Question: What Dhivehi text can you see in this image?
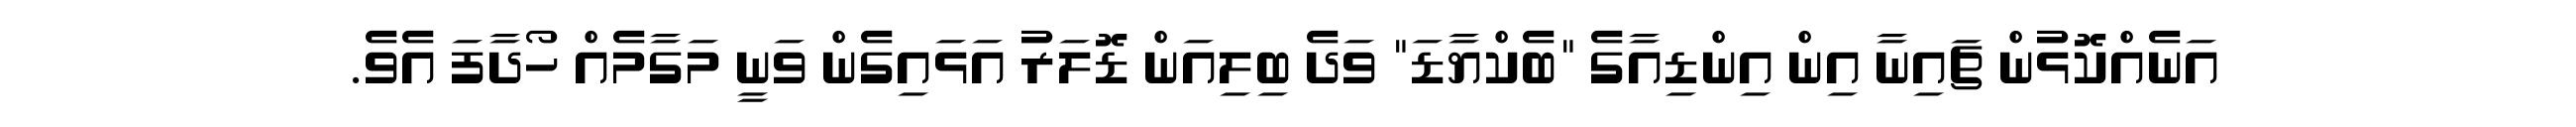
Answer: އަނެއްކޮޅުން ޗައިނާ އިން އިންޑިއާގެ "ބެކްޔާޑަ" ވަދެ ބިލިއަން ޑޮލަރު އަޅައިގެން ވަނީ މަގާމެއް ހޯދާފަ އެވެ.